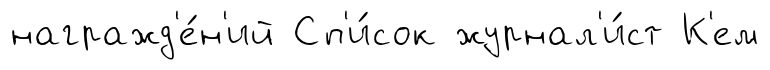
награжд'е́н'ий Сп'и́сок журнал'и́ст К'ем